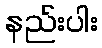
နည်းပါး